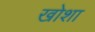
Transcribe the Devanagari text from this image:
खोशा